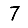
Digit: 7